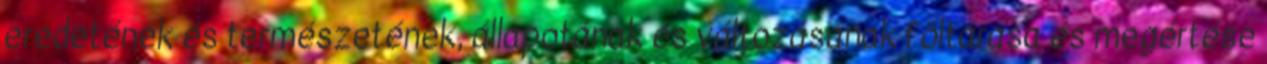
eredetének és természetének, állapotának és változásának föltárása és megértése